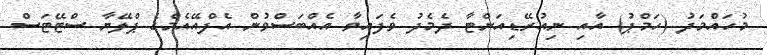
މުހައްމަދު (ހަމްޕު) އާއި ނިއުރޭޑިއަންޓާ ދެމެދު ވެފައިވާ އެއްބަސްވުން އެފްއޭއެމްގެ ޕްލޭޔާ ސްޓޭޓަސް